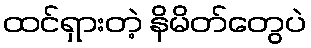
ထင်ရှားတဲ့ နိမိတ်တွေပဲ